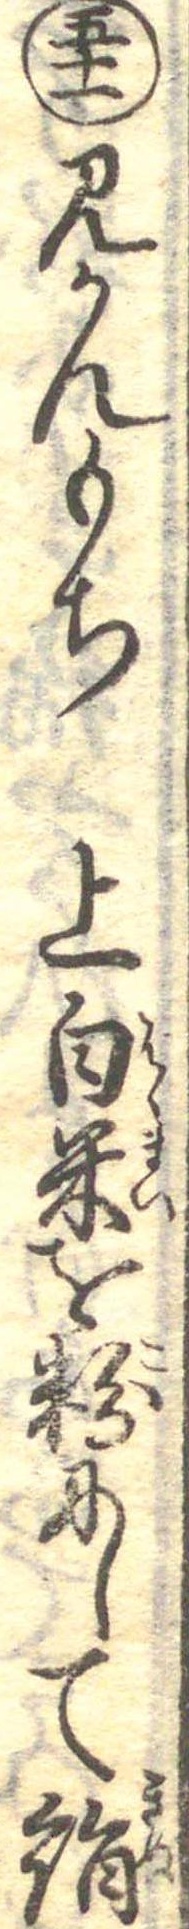
五十一みかんもち上白米を粉にして絹